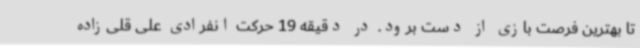
تا بهترین فرصت بازی از دست برود. در دقیقه 19 حرکت انفرادی علی قلی‌زاده